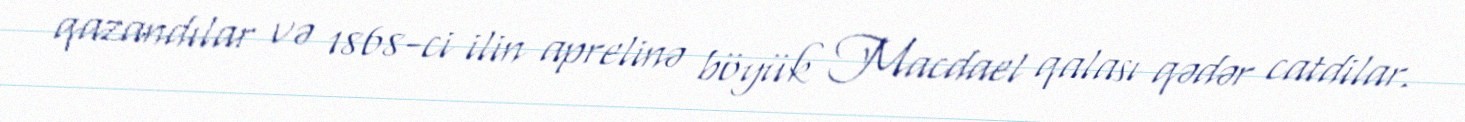
qazandılar və 1868-ci ilin aprelinə böyük Macdael qalası qədər catdilar.